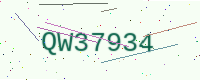
Text: QW37934